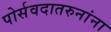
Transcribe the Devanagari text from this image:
पोर्सवदातरुनांना